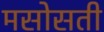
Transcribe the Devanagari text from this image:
मसोसती